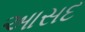
આસદ